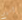
اسهم